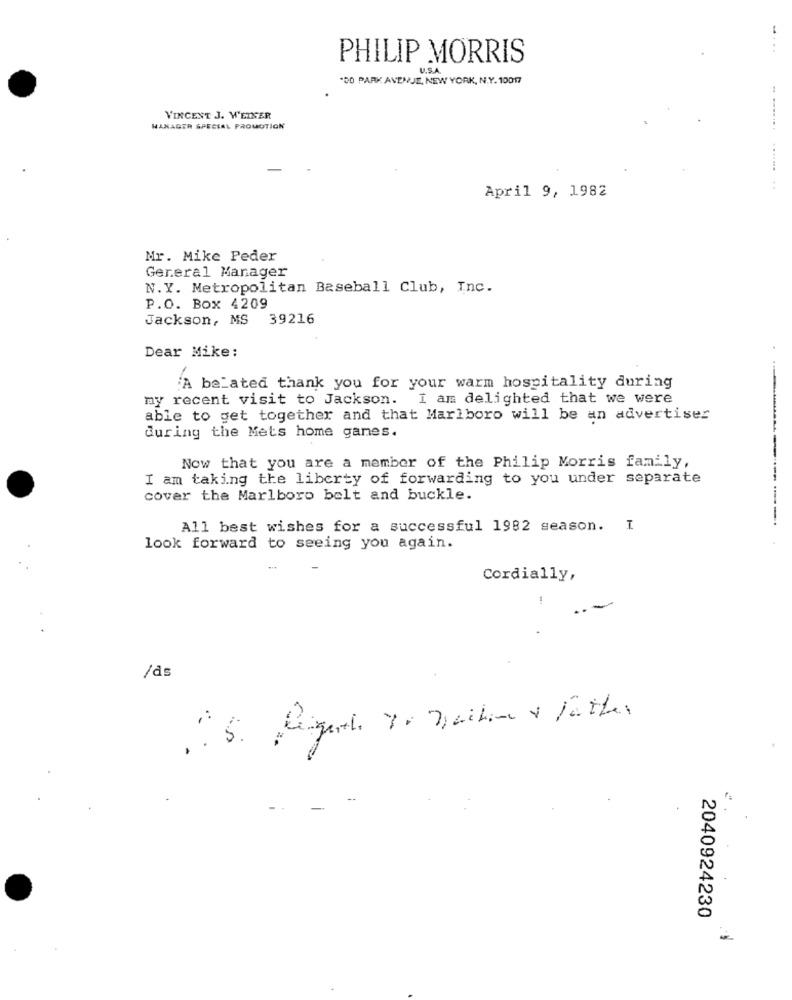
.....
PHILIP MORRIS
U.S.A.
"80 PARK AVENUE, NEW YORK, N.Y. 10017
VINCENT J. WEINER
HANAGTR SPECIAL PROMOTION
.........
April 9, 1982
Mr. Mike Peder
General Manager
N.Y. Metropolitan Baseball Club, Inc.
P.O. Box 4209
Jackson, MS 39216
Dear Mike:
A belated thank you for your warm hospitality during
my recent visit to Jackson. I am delighted that we were
able to get together and that Marlboro will be an advertiser
during the Mets home games.
Now that you are a member of the Philip Morris family,
I am taking the liberty of forwarding to you under separate
cover the Marlboro belt and buckle.
----------
All best wishes for a successful 1982 season. I
look forward to seeing you again.
Cordially,
/ds
2040924230